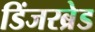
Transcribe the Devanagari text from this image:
डिंजरब्रेड